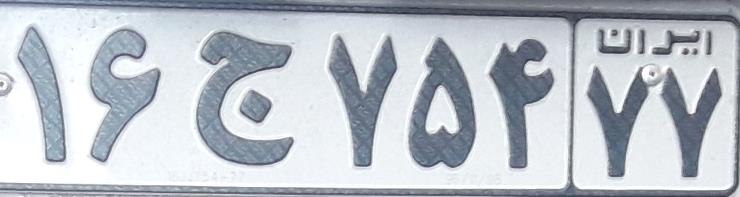
۱۶ج۷۵۴۷۷